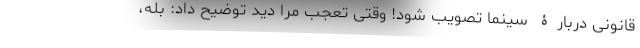
قانونی دربارۀ سینما تصویب شود! وقتی تعجب مرا دید توضیح داد: بله،